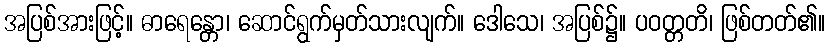
အပြစ်အားဖြင့်။ ဓာရေန္တော၊ ဆောင်ရွက်မှတ်သားလျက်။ ဒေါသေ၊ အပြစ်၌။ ပဝတ္တတိ၊ ဖြစ်တတ်၏။